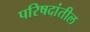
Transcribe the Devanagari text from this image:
परिषदांतील